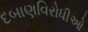
દબાણવિરોધીઓ